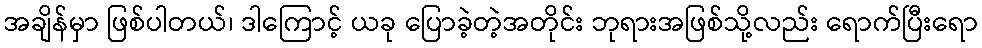
အချိန်မှာ ဖြစ်ပါတယ်၊ ဒါကြောင့် ယခု ပြောခဲ့တဲ့အတိုင်း ဘုရားအဖြစ်သို့လည်း ရောက်ပြီးရော